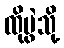
ထိုပွဲသို့